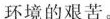
环境的艰苦。